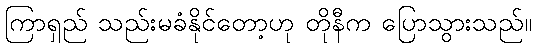
ကြာရှည် သည်းမခံနိုင်တော့ဟု တိုနီက ပြောသွားသည်။